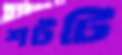
শটটি